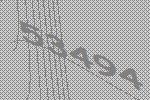
53494